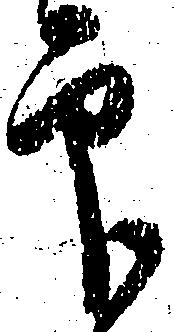
印